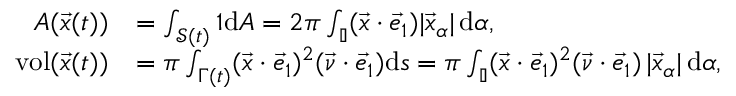
\begin{array} { r l } { A ( \vec { \mathfrak { x } } ( t ) ) } & { = \int _ { \mathcal { S } ( t ) } 1 \mathrm { d } A = 2 \pi \int _ { \mathbb { I } } ( \vec { \mathfrak { x } } \cdot \vec { e } _ { 1 } ) | \vec { \mathfrak { x } } _ { \alpha } | \, \mathrm { d } \alpha , } \\ { \operatorname { v o l } ( \vec { \mathfrak { x } } ( t ) ) } & { = \pi \int _ { \Gamma ( t ) } ( \vec { \mathfrak { x } } \cdot \vec { e } _ { 1 } ) ^ { 2 } ( \vec { \nu } \cdot \vec { e } _ { 1 } ) \mathrm { d } s = \pi \int _ { \mathbb { I } } ( \vec { \mathfrak { x } } \cdot \vec { e } _ { 1 } ) ^ { 2 } ( \vec { \nu } \cdot \vec { e } _ { 1 } ) \, | \vec { \mathfrak { x } } _ { \alpha } | \, \mathrm { d } \alpha , } \end{array}